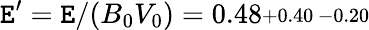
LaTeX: \mathtt{E}^{\prime}=\mathtt{E}/(B_{0}V_{0})=0.48\substack{+0.40\, -0.20}